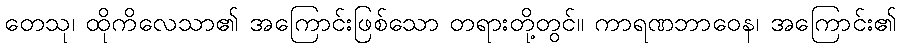
တေသု၊ ထိုကိလေသာ၏ အကြောင်းဖြစ်သော တရားတို့တွင်။ ကာရဏဘာဝေန၊ အကြောင်း၏